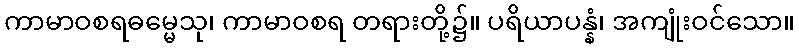
ကာမာဝစရဓမ္မေသု၊ ကာမာဝစရ တရားတို့၌။ ပရိယာပန္နံ၊ အကျုံးဝင်သော။